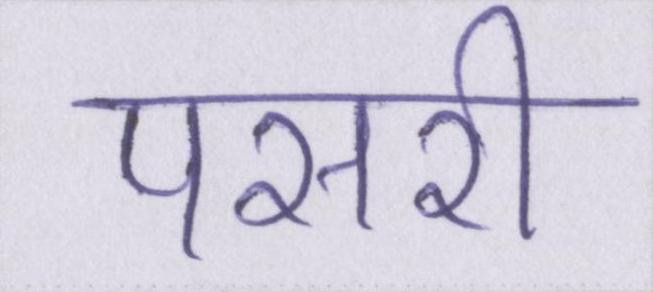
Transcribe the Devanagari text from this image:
पसरी